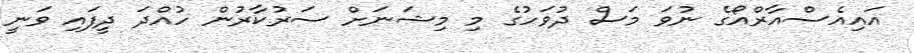
އައިއެސްއާރްއޯގެ ނުވަ މަސް ދުވަހުގެ މި މިޝަނަށް ސަރުކާރުން ހުއްދަ ދީފައި ވަނީ